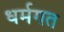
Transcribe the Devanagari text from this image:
धर्मगत